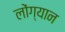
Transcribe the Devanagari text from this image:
लोंग्यान